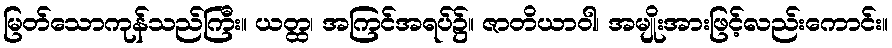
မြတ်သောကုန်သည်ကြီး။ ယတ္ထ၊ အကြင်အရပ်၌။ ဇာတိယာဝါ၊ အမျိုးအားဖြင့်လည်းကောင်း။